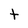
Character: t